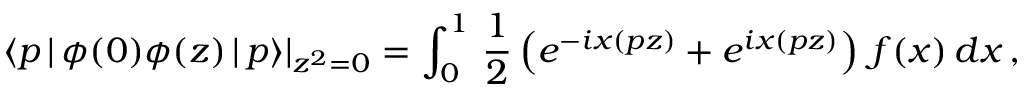
\langle p \, | \, \phi ( 0 ) \phi ( z ) \, | \, p \rangle | _ { z ^ { 2 } = 0 } = \int _ { 0 } ^ { 1 } \, \frac 1 { 2 } \left( e ^ { - i x ( p z ) } + e ^ { i x ( p z ) } \right) \, f ( x ) \, d x \, ,